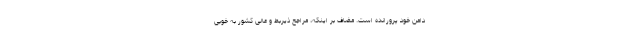
دامن خود پرورانده است. مضاف بر اینکه، مراجع ذیربط و عالی کشور به خوبی